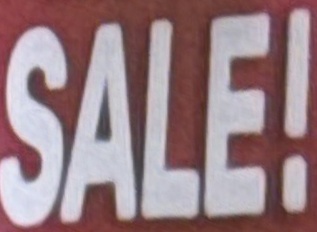
SALE!